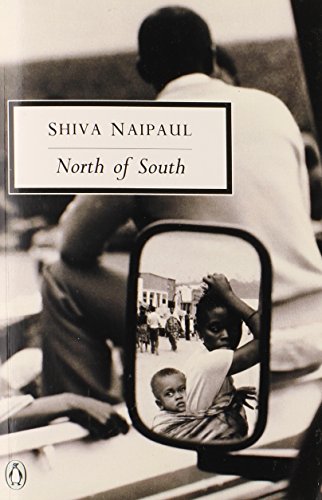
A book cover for North of South: An African Journey (Classic, 20th-Century, Penguin); Shiva Naipaul; History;